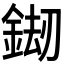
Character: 𨧶